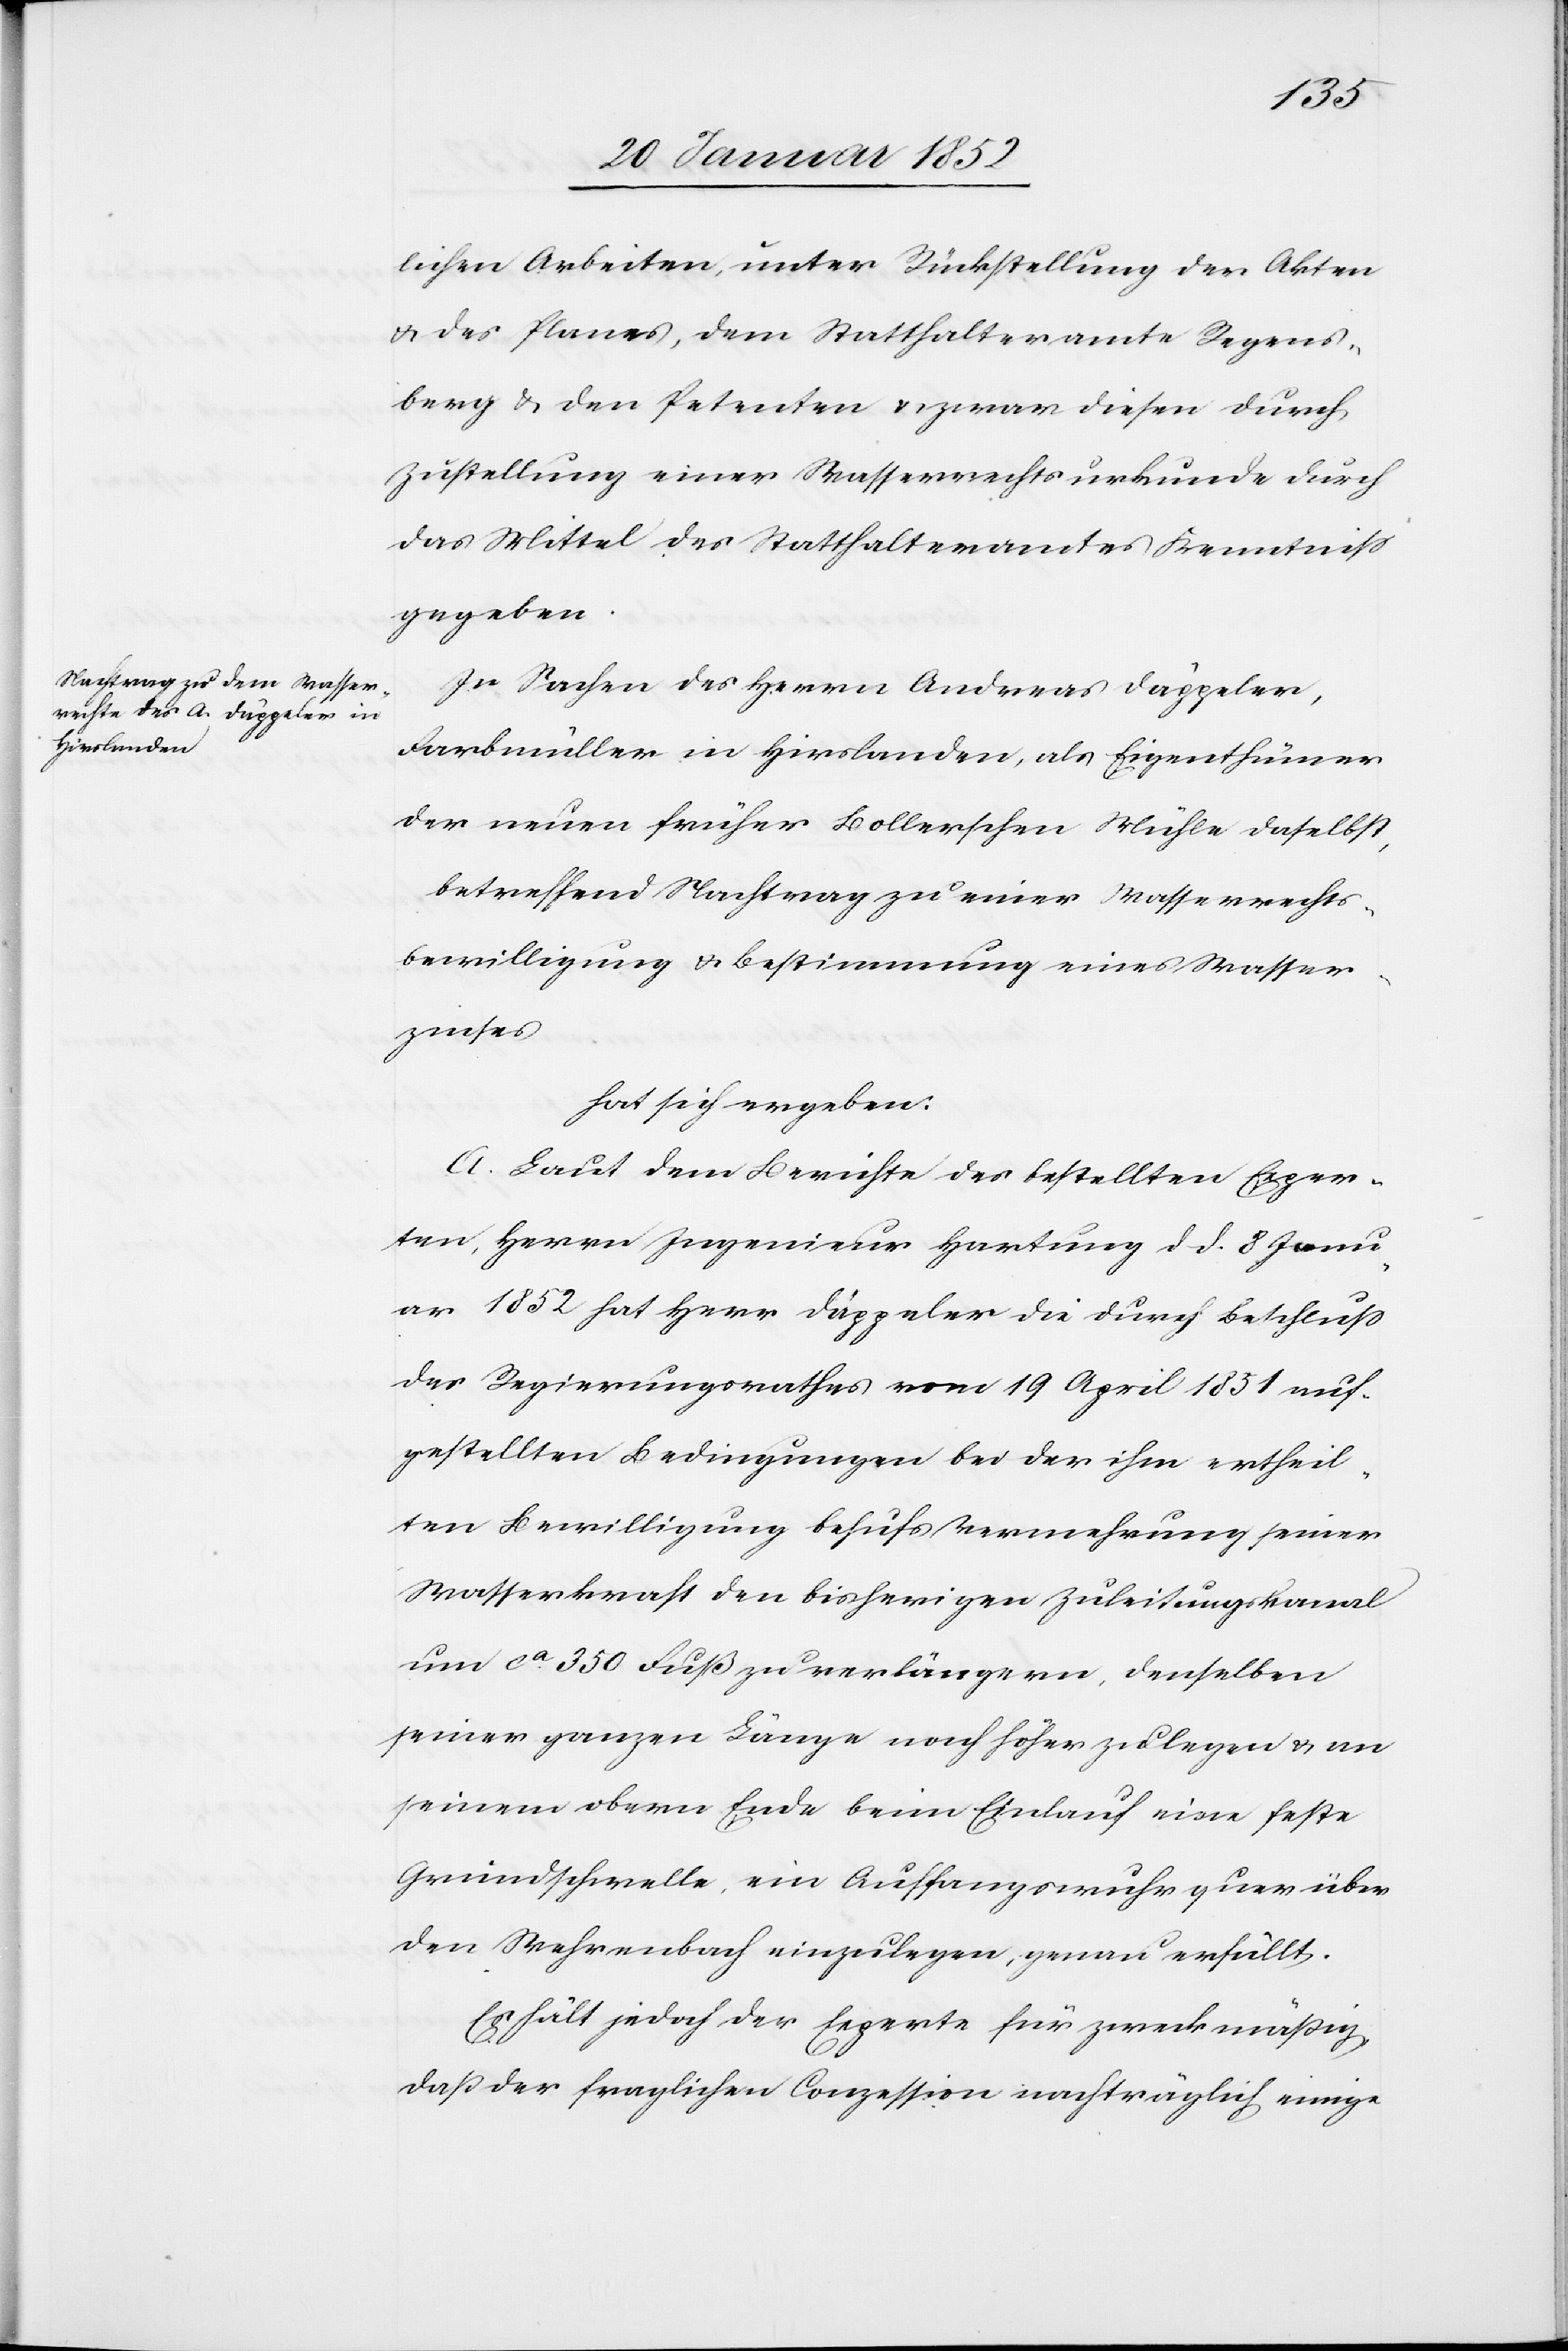
lichen Arbeiten, unter Rückstellung der Akten
u. des Planes, dem Statthalteramte Regens¬
berg u. den Petenten u. zwar diesen durch
Zustellung einer Wasserrechtsurkunde durch
das Mittel des Statthalteramtes Kenntniß
gegeben.
In Sachen des Herrn Andreas Däppeler,
Farbmüller in Hirslanden, als Eigenthümer
der neuen früher Kollerschen Mühle daselbst,
betreffend Nachtrag zu einer Wasserrechts¬
bewilligung u. Bestimmung eines Wasser¬
zinses
hat sich ergeben:
A. Laut dem Berichte des bestellten Exper¬
ten, Herrn Ingenieur Hartung d. d. 8 Janu¬
ar 1852 hat Herr Däppeler die durch Beschluß
des Regierungsrathes vom 19 April 1851 auf¬
gestellten Bedingungen bei der ihm ertheil¬
ten Bewilligung behufs Vermehrung seiner
Wasserkraft den bisherigen Zuleitungskanal
um ca 350 Fuß zu verlängern, denselben
seiner ganzen Länge noch höher zu legen u. an
seinem obern Ende beim Einlauf eine feste
Grundschwelle, ein Auffangswuhr quer über
den Wehrenbach einzulegen, genau erfüllt.
Es hält jedoch der Experte für zweckmäßig
daß der fraglichen Conzession nachträglich einige